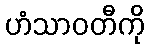
ဟံသာဝတီကို